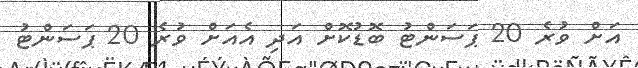
އަށް ވުރެ 20 ޕަސަންޓު ބޮޑުކޮށް އަދި އެއަށް ވުރެ 20 ޕަސަންޓު